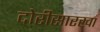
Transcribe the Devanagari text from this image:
दोरीसारखा